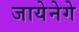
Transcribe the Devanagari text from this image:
जायेनेगे